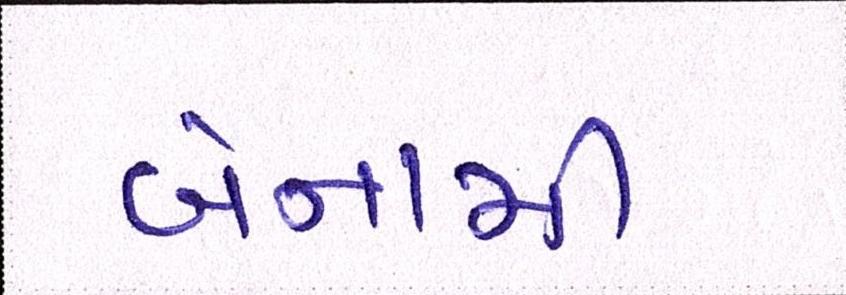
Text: બેનામી